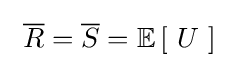
\ {\overline {R}}={\overline {S}}=\operatorname {\mathbb {E} } \left[\ U\ \right]\